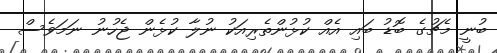
ބުނީ މެޗުގެ ބޮޑު ބައި އެއް ކުޅުންތެރިއަކު ނުލާ ކުޅެން ޖެހުނު ނަމަވެސް